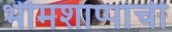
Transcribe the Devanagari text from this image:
भीमशाप्पांची